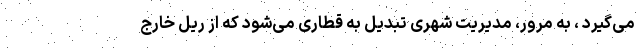
می‌گیرد ، به مرور، مدیریت شهری تبدیل به قطاری می‌شود که از ریل خارج